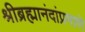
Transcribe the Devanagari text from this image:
श्रीब्रह्मानंदांप्रमाणे